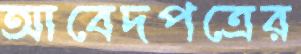
আবেদপত্রের